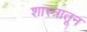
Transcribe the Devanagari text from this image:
शास्त्रातून